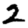
Digit: 2